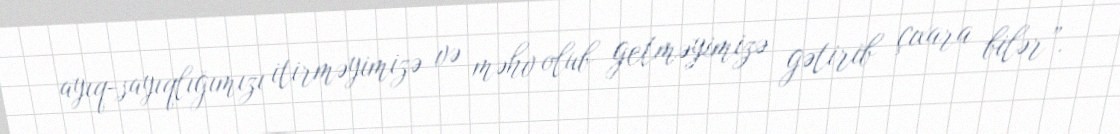
ayıq-sayıqlığımızı itirməyimizə və məhv olub getməyimizə gətirib çıxara bilər”.